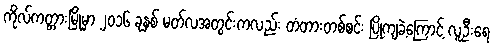
ကိုလ်ကတ္တားမြို့မှာ ၂၀၁၆ ခုနှစ် မတ်လအတွင်းကလည်း တံတားတစ်စင်း ပြိုကျခဲ့ကြောင့် လူဦးရေ